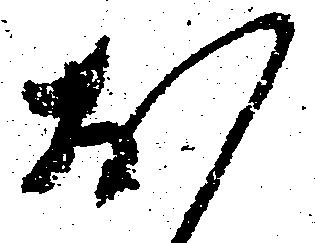
お